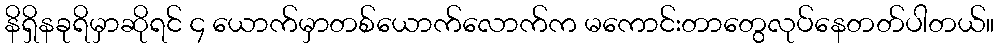
နိရှိနခုရိမှာဆိုရင် ၄ ယောက်မှာတစ်ယောက်လောက်က မကောင်းတာတွေလုပ်နေတတ်ပါတယ်။